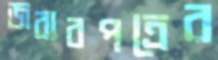
জবাবপত্রের